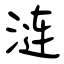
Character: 涟